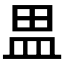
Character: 𰤷